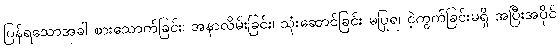
ပြန်ရသောအခါ စားသောက်ခြင်း၊ အနာလိမ်းခြင်း၊ သုံးဆောင်ခြင်း မပြုရ၊ ငဲ့ကွက်ခြင်းမရှိ အပြီးအပိုင်